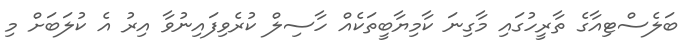
ބަލެސްޓިއާގެ ތާރީހުގައި މާގިނަ ކާމިޔާބީތަކެއް ހާސިލް ކުރެވިފައިނުވާ އިރު އެ ކުލަބަށް މި